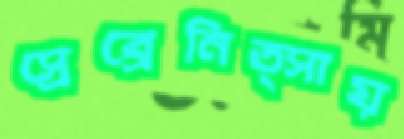
স্রেব্রেনিত্সায়